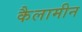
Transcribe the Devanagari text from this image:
कैलामीन